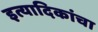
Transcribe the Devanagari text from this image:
इत्यादिकांचा